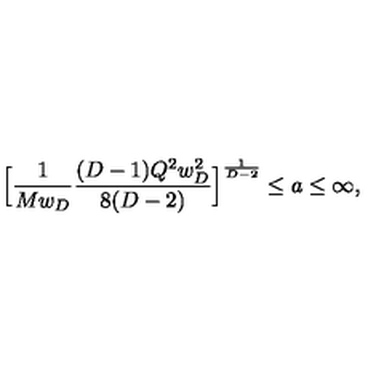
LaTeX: \Big [ { \frac { 1 } { M w _ { D } } } { \frac { ( D - 1 ) Q ^ { 2 } w _ { D } ^ { 2 } } { 8 ( D - 2 ) } } \Big ] ^ { \frac { 1 } { D - 2 } } \le a \le \infty ,